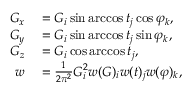
\begin{array} { r l } { G _ { x } } & { { } = G _ { i } \sin \operatorname { a r c c o s } t _ { j } \cos \varphi _ { k } , } \\ { G _ { y } } & { { } = G _ { i } \sin \operatorname { a r c c o s } t _ { j } \sin \varphi _ { k } , } \\ { G _ { z } } & { { } = G _ { i } \cos \operatorname { a r c c o s } t _ { j } , } \\ { w } & { { } = \frac { 1 } { 2 \pi ^ { 2 } } G _ { i } ^ { 2 } w ( G ) _ { i } w ( t ) _ { j } w ( \varphi ) _ { k } , } \end{array}